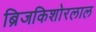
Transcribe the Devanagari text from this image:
ब्रिजकिशोरलाल